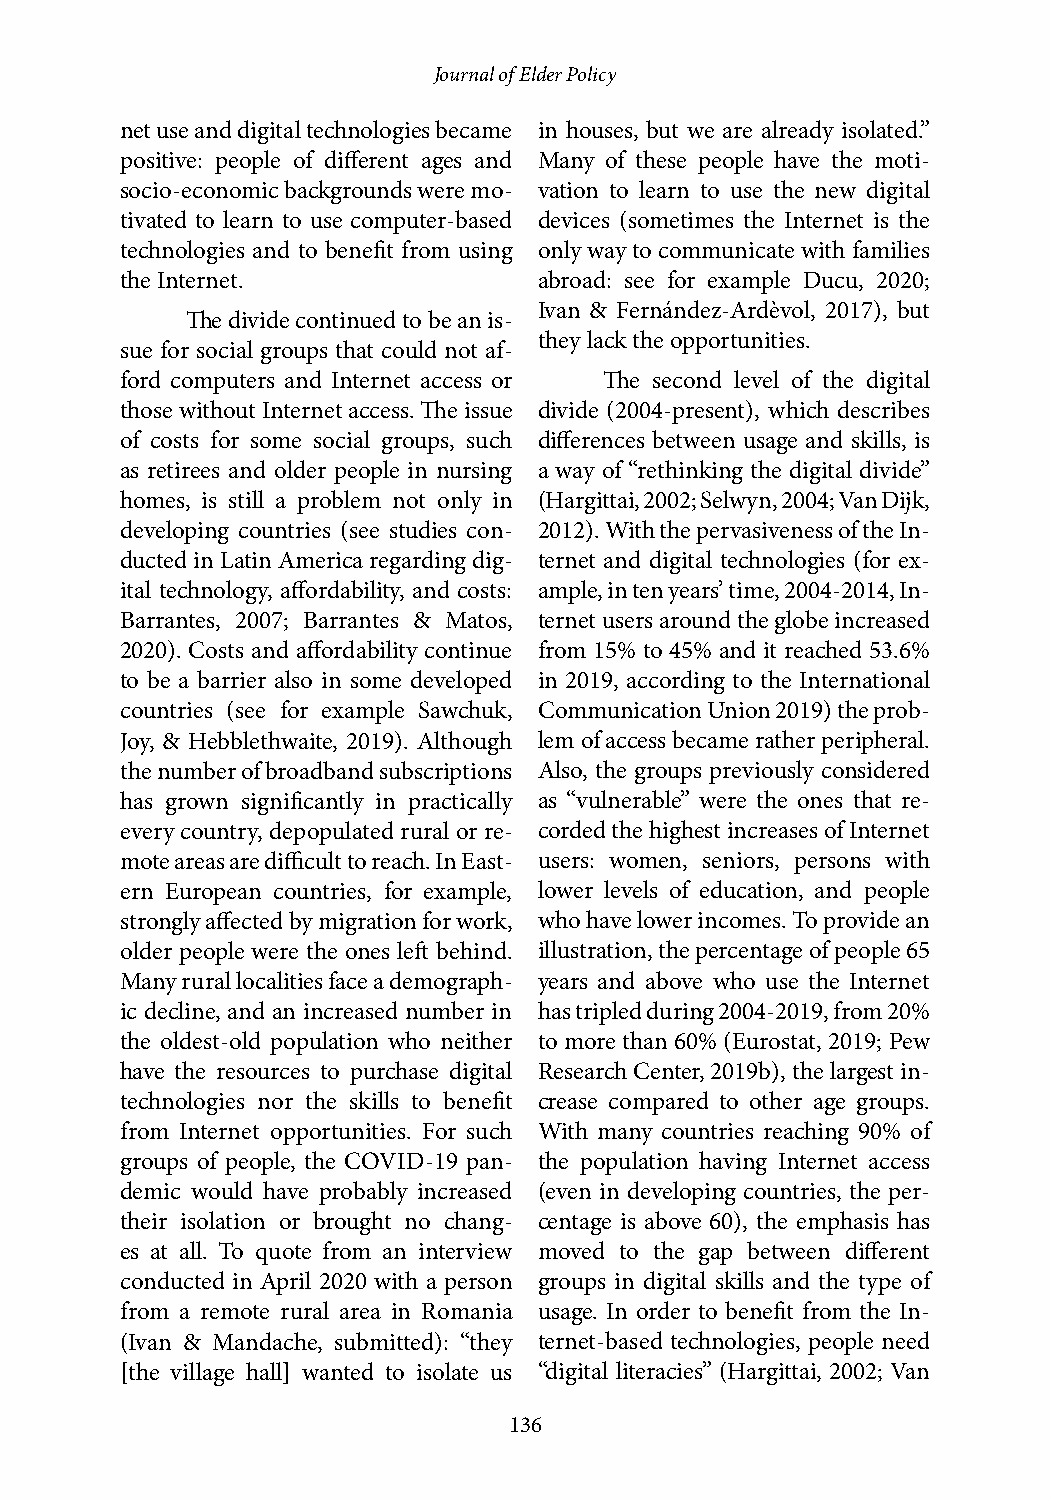
Journal of Elder Policy
 net use and digital technologies became in houses, but we are already isolated.”
 positive: people of different ages and Many of these people have the moti-
 socio-economic backgrounds were mo- vation to learn to use the new digital
 tivated to learn to use computer-based devices (sometimes the Internet is the
 technologies and to benefit from using only way to communicate with families
 the Internet.               abroad: see for example Ducu, 2020;
 Ivan & Fernández-Ardèvol, 2017), but
 The divide continued to be an is-
 they lack the opportunities.
 sue for social groups that could not af-
 ford computers and Internet access or The second level of the digital
 those without Internet access. The issue divide (2004-present), which describes
 of costs for some social groups, such differences between usage and skills, is
 as retirees and older people in nursing a way of “rethinking the digital divide”
 homes, is still a problem not only in (Hargittai, 2002; Selwyn, 2004; Van Dijk,
 developing countries (see studies con- 2012). With the pervasiveness of the In-
 ducted in Latin America regarding dig- ternet and digital technologies (for ex-
 ital technology, affordability, and costs: ample, in ten years’ time, 2004-2014, In-
 Barrantes, 2007; Barrantes & Matos, ternet users around the globe increased
 2020). Costs and affordability continue from 15% to 45% and it reached 53.6%
 to be a barrier also in some developed in 2019, according to the International
 countries (see for example Sawchuk, Communication Union 2019) the prob-
 Joy, & Hebblethwaite, 2019). Although lem of access became rather peripheral.
 the number of broadband subscriptions Also, the groups previously considered
 has grown significantly in practically as “vulnerable” were the ones that re-
 every country, depopulated rural or re- corded the highest increases of Internet
 mote areas are difficult to reach. In East- users: women, seniors, persons with
 ern European countries, for example, lower levels of education, and people
 strongly affected by migration for work, who have lower incomes. To provide an
 older people were the ones left behind. illustration, the percentage of people 65
 Many rural localities face a demograph- years and above who use the Internet
 ic decline, and an increased number in has tripled during 2004-2019, from 20%
 the oldest-old population who neither to more than 60% (Eurostat, 2019; Pew
 have the resources to purchase digital Research Center, 2019b), the largest in-
 technologies nor the skills to benefit crease compared to other age groups.
 from Internet opportunities. For such With many countries reaching 90% of
 groups of people, the COVID-19 pan- the population having Internet access
 demic would have probably increased (even in developing countries, the per-
 their isolation or brought no chang- centage is above 60), the emphasis has
 es at all. To quote from an interview moved to the gap between different
 conducted in April 2020 with a person groups in digital skills and the type of
 from a remote rural area in Romania usage. In order to benefit from the In-
 (Ivan & Mandache, submitted): “they ternet-based technologies, people need
 [the village hall] wanted to isolate us “digital literacies” (Hargittai, 2002; Van
 136